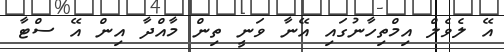
އޭ ލެވެލް އިމްތިހާނުގައި އޭނާ ވަނީ ތިން މާއްދާ އިން އޭ ސްޓާ